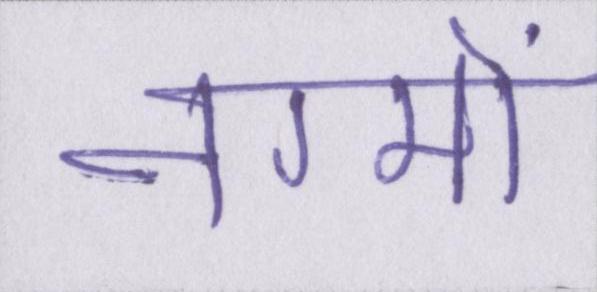
नग्मों